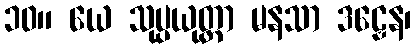
၁၀။ ယေ သုပ္ပယုတ္တာ မနသာ ဒဠှေန၊